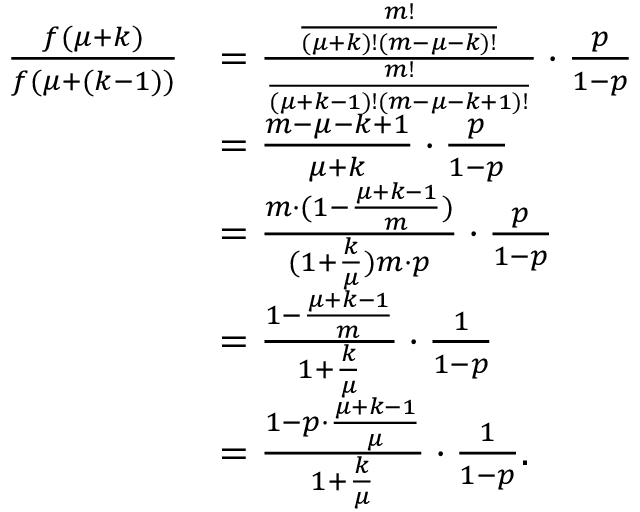
\begin{array} { r l } { \frac { f ( \mu + k ) } { f ( \mu + ( k - 1 ) ) } } & { = \frac { \frac { m ! } { ( \mu + k ) ! ( m - \mu - k ) ! } } { \frac { m ! } { ( \mu + k - 1 ) ! ( m - \mu - k + 1 ) ! } } \cdot \frac { p } { 1 - p } } \\ & { = \frac { m - \mu - k + 1 } { \mu + k } \cdot \frac { p } { 1 - p } } \\ & { = \frac { m \cdot ( 1 - \frac { \mu + k - 1 } { m } ) } { ( 1 + \frac { k } { \mu } ) m \cdot p } \cdot \frac { p } { 1 - p } } \\ & { = \frac { 1 - \frac { \mu + k - 1 } { m } } { 1 + \frac { k } { \mu } } \cdot \frac { 1 } { 1 - p } } \\ & { = \frac { 1 - p \cdot \frac { \mu + k - 1 } { \mu } } { 1 + \frac { k } { \mu } } \cdot \frac { 1 } { 1 - p } . } \end{array}